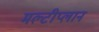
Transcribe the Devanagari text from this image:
मल्टीप्लान